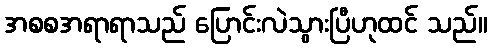
အစစအရာရာသည် ပြောင်းလဲသွားပြီဟုထင် သည်။